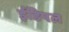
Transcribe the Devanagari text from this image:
ईडिपल